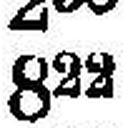
822